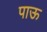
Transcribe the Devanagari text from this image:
पाऊ